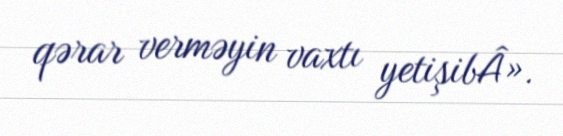
qərar verməyin vaxtı yetişibÂ».